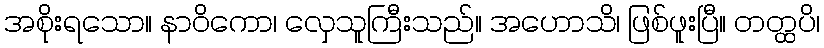
အစိုးရသော။ နာဝိကော၊ လှေသူကြီးသည်။ အဟောသိ၊ ဖြစ်ဖူးပြီ။ တတ္ထပိ၊